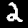
Digit: 2